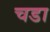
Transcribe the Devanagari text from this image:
चडा